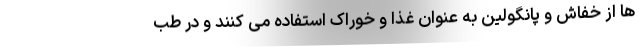
ها از خفاش و پانگولین به عنوان غذا و خوراک استفاده می کنند و در طب